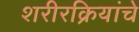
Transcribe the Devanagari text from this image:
शरीरक्रियांचे